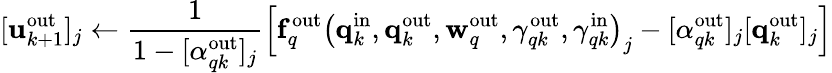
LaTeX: [\mathbf{u}_{k+1}^{\mathrm{out}}]_{j}\gets\frac{1}{1-[\alpha_{qk}^{\mathrm{out}}]_{j}}\left[\mathbf{f}_{q}^{\mathrm{out}}\left(\mathbf{q}_{k}^{\mathrm{in}},\mathbf{q}_{k}^{\mathrm{out}},\mathbf{w}_{q}^{\mathrm{out}},\gamma_{qk}^{\mathrm{out}},\gamma_{qk}^{\mathrm{in}}\right)_{j}-[\alpha_{qk}^{\mathrm{out}}]_{j}[\mathbf{q}_{k}^{\mathrm{out}}]_{j}\right]